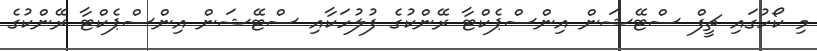
މި ކޯހުގައި ޗީފް ސްޓޭޝަން އިންސްޕެކްޓާ ރޭންކުގެ ފުލުހަކާއި ސްޓޭޝަން އިންސްޕެކްޓާ ރޭންކުގެ